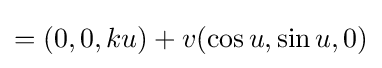
=(0,0,ku)+v(\cos u,\sin u,0)